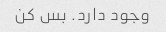
وجود دارد. بس کن